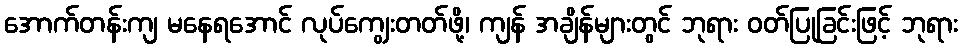
အောက်တန်းကျ မနေရအောင် လုပ်ကျွေးတတ်ဖို့၊ ကျန် အချိန်များတွင် ဘုရား ဝတ်ပြုခြင်းဖြင့် ဘုရား